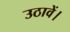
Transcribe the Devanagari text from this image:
उठावें।